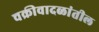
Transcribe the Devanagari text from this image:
चक्रीवादळांतील